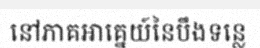
នៅភាគអាគ្នេយ៍នៃបឹងទន្លេ